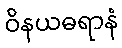
ဝိနယဓရာနံ